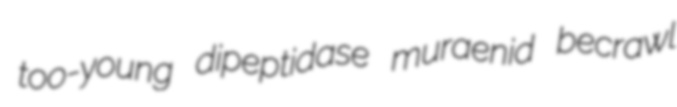
too-young dipeptidase muraenid becrawl